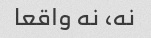
نه، نه واقعا